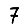
Digit: 7